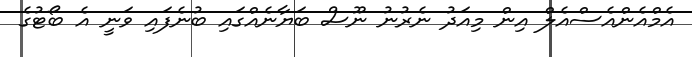
އެމްއެންއެސްއެލް އިން މިއަދު ނެރުނު ނޫސް ބަޔާނެއްގައި ބުނެފައި ވަނީ އެ ބޯޓުގެ